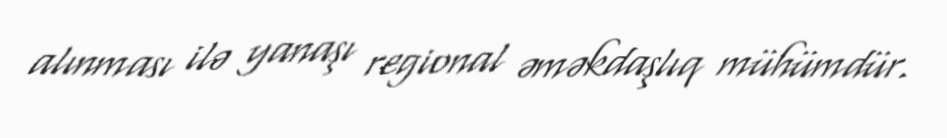
alınması ilə yanaşı regional əməkdaşlıq mühümdür.